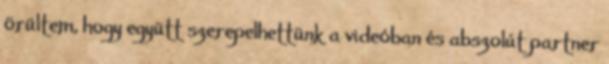
örültem, hogy együtt szerepelhettünk a videóban és abszolút partner